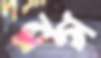
রগ